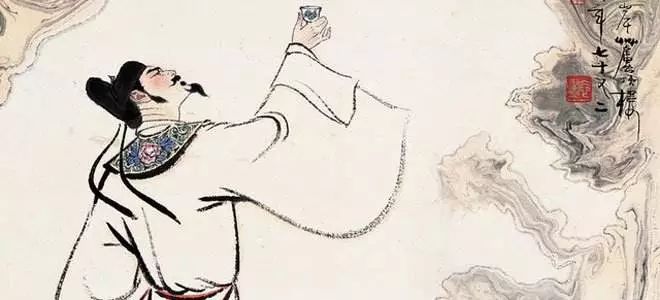
便纵有千种风情，更与何人说？